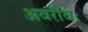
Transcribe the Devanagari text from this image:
अवरीवः